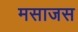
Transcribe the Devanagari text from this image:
मसाजस